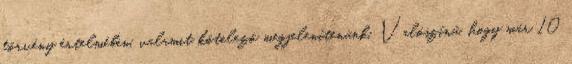
törvény értelmében, valamit kötelező megjelenítenünk. Valószínű, hogy már 10